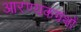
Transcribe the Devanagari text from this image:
आरण्यकग्रंथों